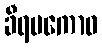
ခီရပကောဝ